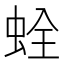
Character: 𧊲